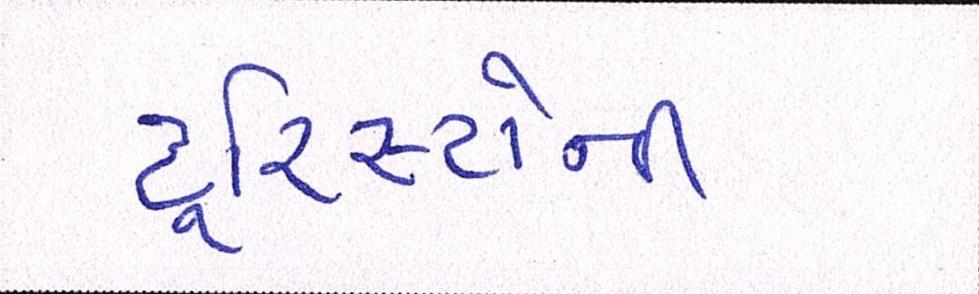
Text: ટૂરિસ્ટોની